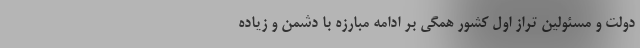
دولت‌ و مسئولین تراز اول کشور همگی بر ادامه مبارزه با دشمن و زیاده